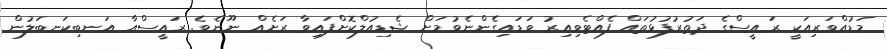
މަޑުއްވަރިއަކީ ރައީސްގެ ދަތުރުފުޅުތައް ފެއްޓެވިއިރު ވަޑައިގެންނެވުމަށް ޝެޑިއުލްކޮށްފައިވާ ރަށެއް ނޫނެވެ. ރައީސްއާ އަނބިކަނބަލުން